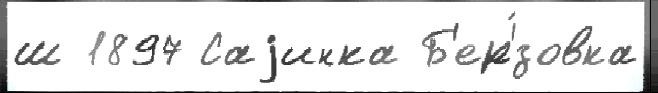
ш 1897 Саjинка Б'ер'́зовка